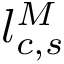
l _ { c , s } ^ { M }